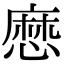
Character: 㦄